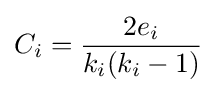
C_{i}={2e_{i} \over k_{i}{(k_{i}-1)}}